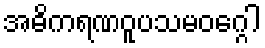
အဓိကရဏဝူပသမဝဂ္ဂေါ